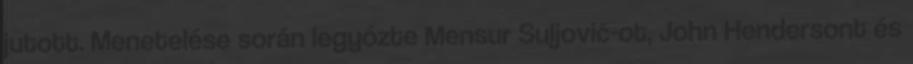
jutott. Menetelése során legyőzte Mensur Suljović-ot, John Hendersont és